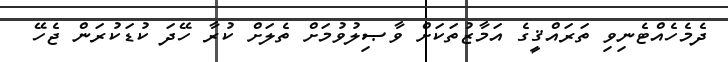
ދެމެހެއްޓެނިވި ތަރައްޤީގެ އަމާޒުތަކަށް ވާޞިލުވުމަށް ތެލަށް ކުރާ ހޭދަ ކުޑަކުރަން ޖެހޭ